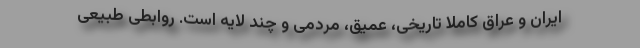
ایران و عراق کاملاً تاریخی، عمیق، مردمی و چند لایه است. روابطی طبیعی